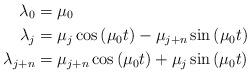
LaTeX: \begin{align*}\lambda_0&=\mu_0\\\lambda_j&=\mu_j\cos\left(\mu_0 t\right)-\mu_{j+n}\sin\left(\mu_0 t\right)\\\lambda_{j+n}&=\mu_{j+n}\cos\left(\mu_0 t\right)+\mu_{j}\sin\left(\mu_0 t\right)\end{align*}